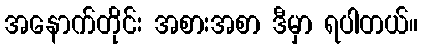
အနောက်တိုင်း အစားအစာ ဒီမှာ ရပါတယ်။